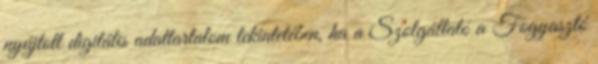
nyújtott digitális adattartalom tekintetében, ha a Szolgáltató a Fogyasztó